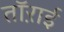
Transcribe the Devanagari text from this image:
तॉऱाई